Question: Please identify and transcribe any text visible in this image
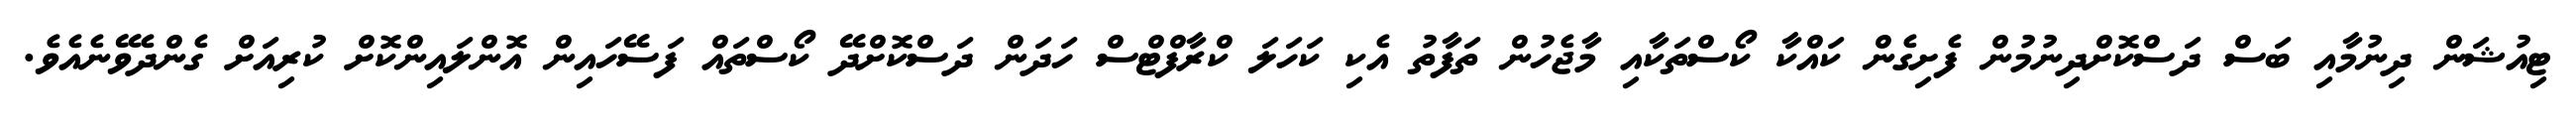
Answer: ޓިއުޝަން ދިނުމާއި ބަސް ދަސްކޮށްދިނުމުން ފެށިގެން ކައްކާ ކޯސްތަކާއި މާޖެހުން ތަފާތު އެކި ކަހަލަ ކްރާފްޓްސް ހަދަން ދަސްކޮށްދޭ ކޯސްތައް ފަސޭހައިން އޮންލައިންކޮށް ކުރިއަށް ގެންދެވޭނެއެވެ.